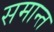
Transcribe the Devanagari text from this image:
समान्त